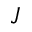
J